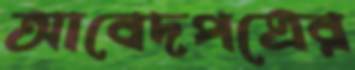
আবেদপত্রের